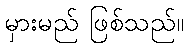
မှားမည် ဖြစ်သည်။